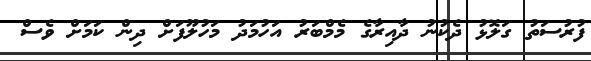
ފުރުސަތު ގަލޮޅު ދެކުނު ދާއިރާގެ މެމްބަރު އަހުމަދު މަހުލޫފަށް ދިން ކަމަށް ވެސް